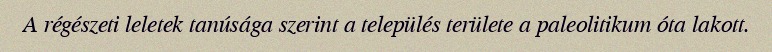
A régészeti leletek tanúsága szerint a település területe a paleolitikum óta lakott.